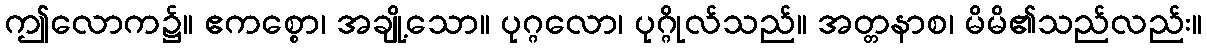
ဤလောက၌။ ဧကစ္စော၊ အချို့သော။ ပုဂ္ဂလော၊ ပုဂ္ဂိုလ်သည်။ အတ္တနာစ၊ မိမိ၏သည်လည်း။